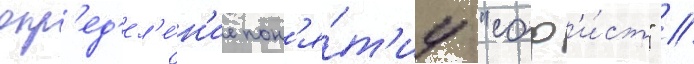
опр'ед'ел'е́н'ие пон'я́т'иу "соф'и́ст" //